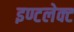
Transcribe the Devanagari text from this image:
इण्टलेक्ट